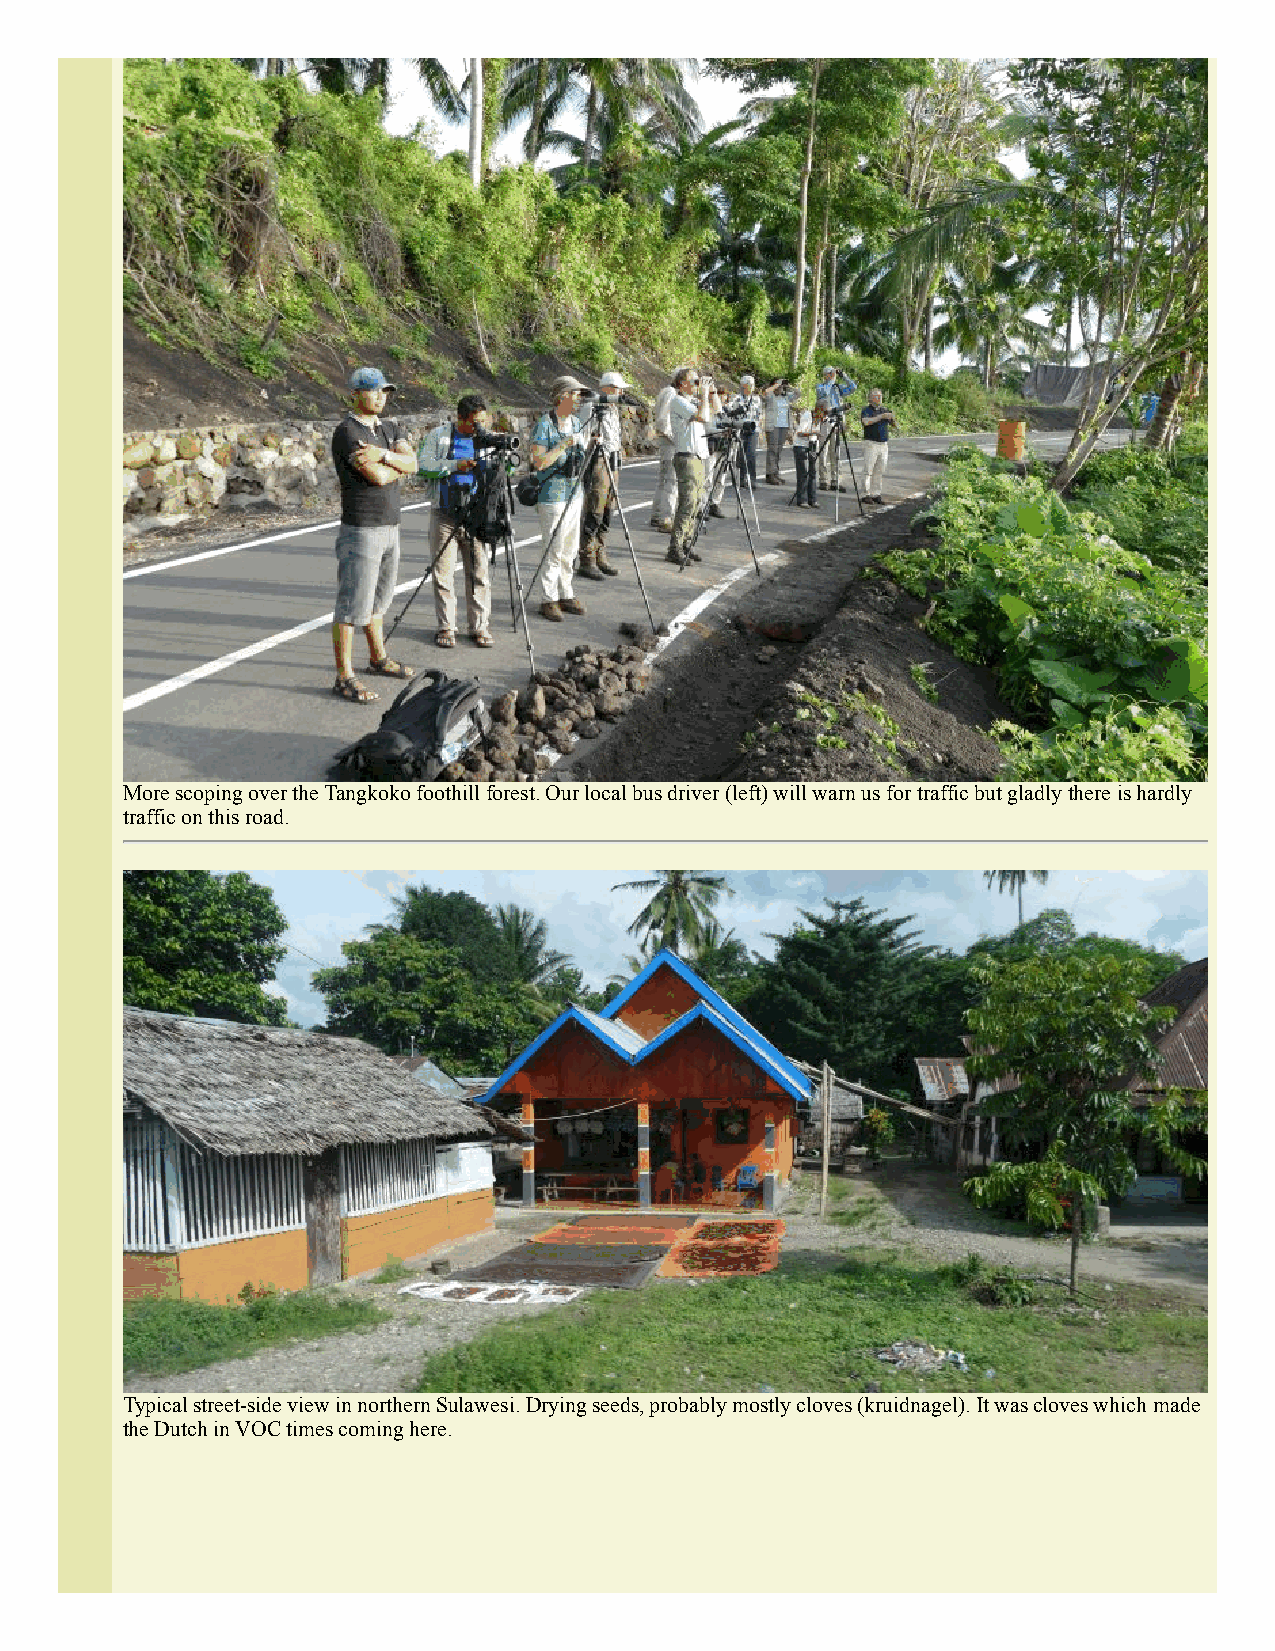
More scoping over the Tangkoko foothill forest. Our local bus driver (left) will warn us for traffic but gladly there is hardly
 traffic on this road.
 Typical street-side view in northern Sulawesi. Drying seeds, probably mostly cloves (kruidnagel). It was cloves which made
 the Dutch in VOC times coming here.